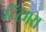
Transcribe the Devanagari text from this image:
टिटमस